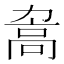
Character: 𲌖